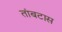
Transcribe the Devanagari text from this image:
तांबटास